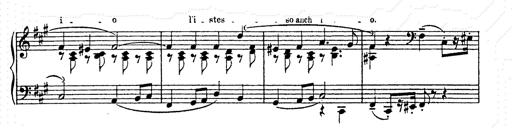
Title: AnnÃ©es de pÃ¨lerinage II
Composer: Franz Liszt